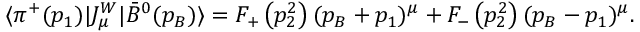
\langle \pi ^ { + } ( p _ { 1 } ) | J _ { \mu } ^ { W } | \bar { B } ^ { 0 } ( p _ { B } ) \rangle = F _ { + } \left( p _ { 2 } ^ { 2 } \right) ( p _ { B } + p _ { 1 } ) ^ { \mu } + F _ { - } \left( p _ { 2 } ^ { 2 } \right) ( p _ { B } - p _ { 1 } ) ^ { \mu } .